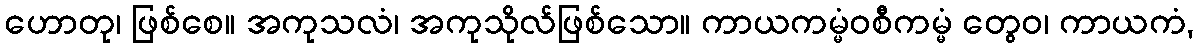
ဟောတု၊ ဖြစ်စေ။ အကုသလံ၊ အကုသိုလ်ဖြစ်သော။ ကာယကမ္မံဝစီကမ္မံ တွေဝ၊ ကာယကံ,